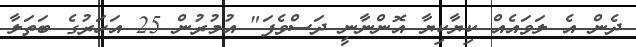
ދެން އެ ލަވައެއް ކިޔާކިޔާ އޮންނާނީ ދަސްވެފަ" އުމުރުން 25 އަހަރުގެ ބަތަލާ